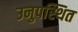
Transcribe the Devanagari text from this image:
उनुपस्थित